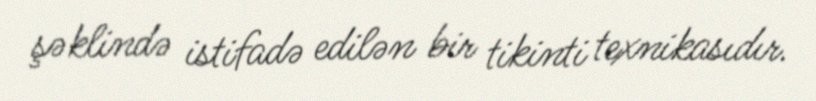
şəklində istifadə edilən bir tikinti texnikasıdır.